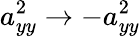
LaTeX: a_{yy}^{2}\rightarrow-a_{yy}^{2}